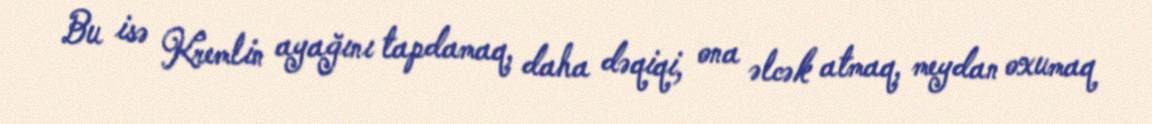
Bu isə Kremlin ayağını tapdamaq, daha dəqiqi, ona əlcək atmaq, meydan oxumaq